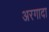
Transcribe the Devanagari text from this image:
अरगादा